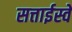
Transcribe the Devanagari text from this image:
सत्ताईस्वें